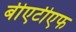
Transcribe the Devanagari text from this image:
बीएटीएफ